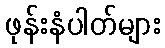
ဖုန်းနံပါတ်များ